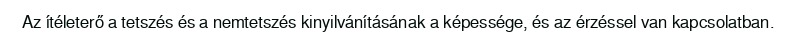
Az ítéleterő a tetszés és a nemtetszés kinyilvánításának a képessége, és az érzéssel van kapcsolatban.